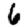
Digit: 6